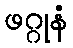
ဖဂ္ဂုနံ